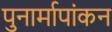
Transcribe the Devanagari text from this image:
पुनार्मापांकन